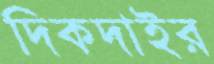
দিকদাইর